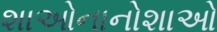
શાઓનાનોશાઓ